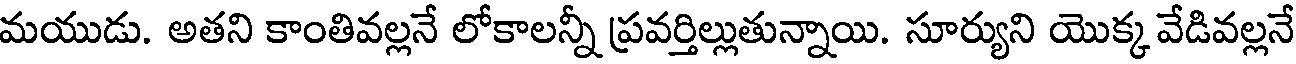
మయుడు. అతని కాంతివల్లనే లోకాలన్నీ ప్రవర్తిల్లుతున్నాయి. సూర్యుని యొక్క వేడివల్లనే